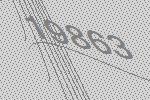
19863